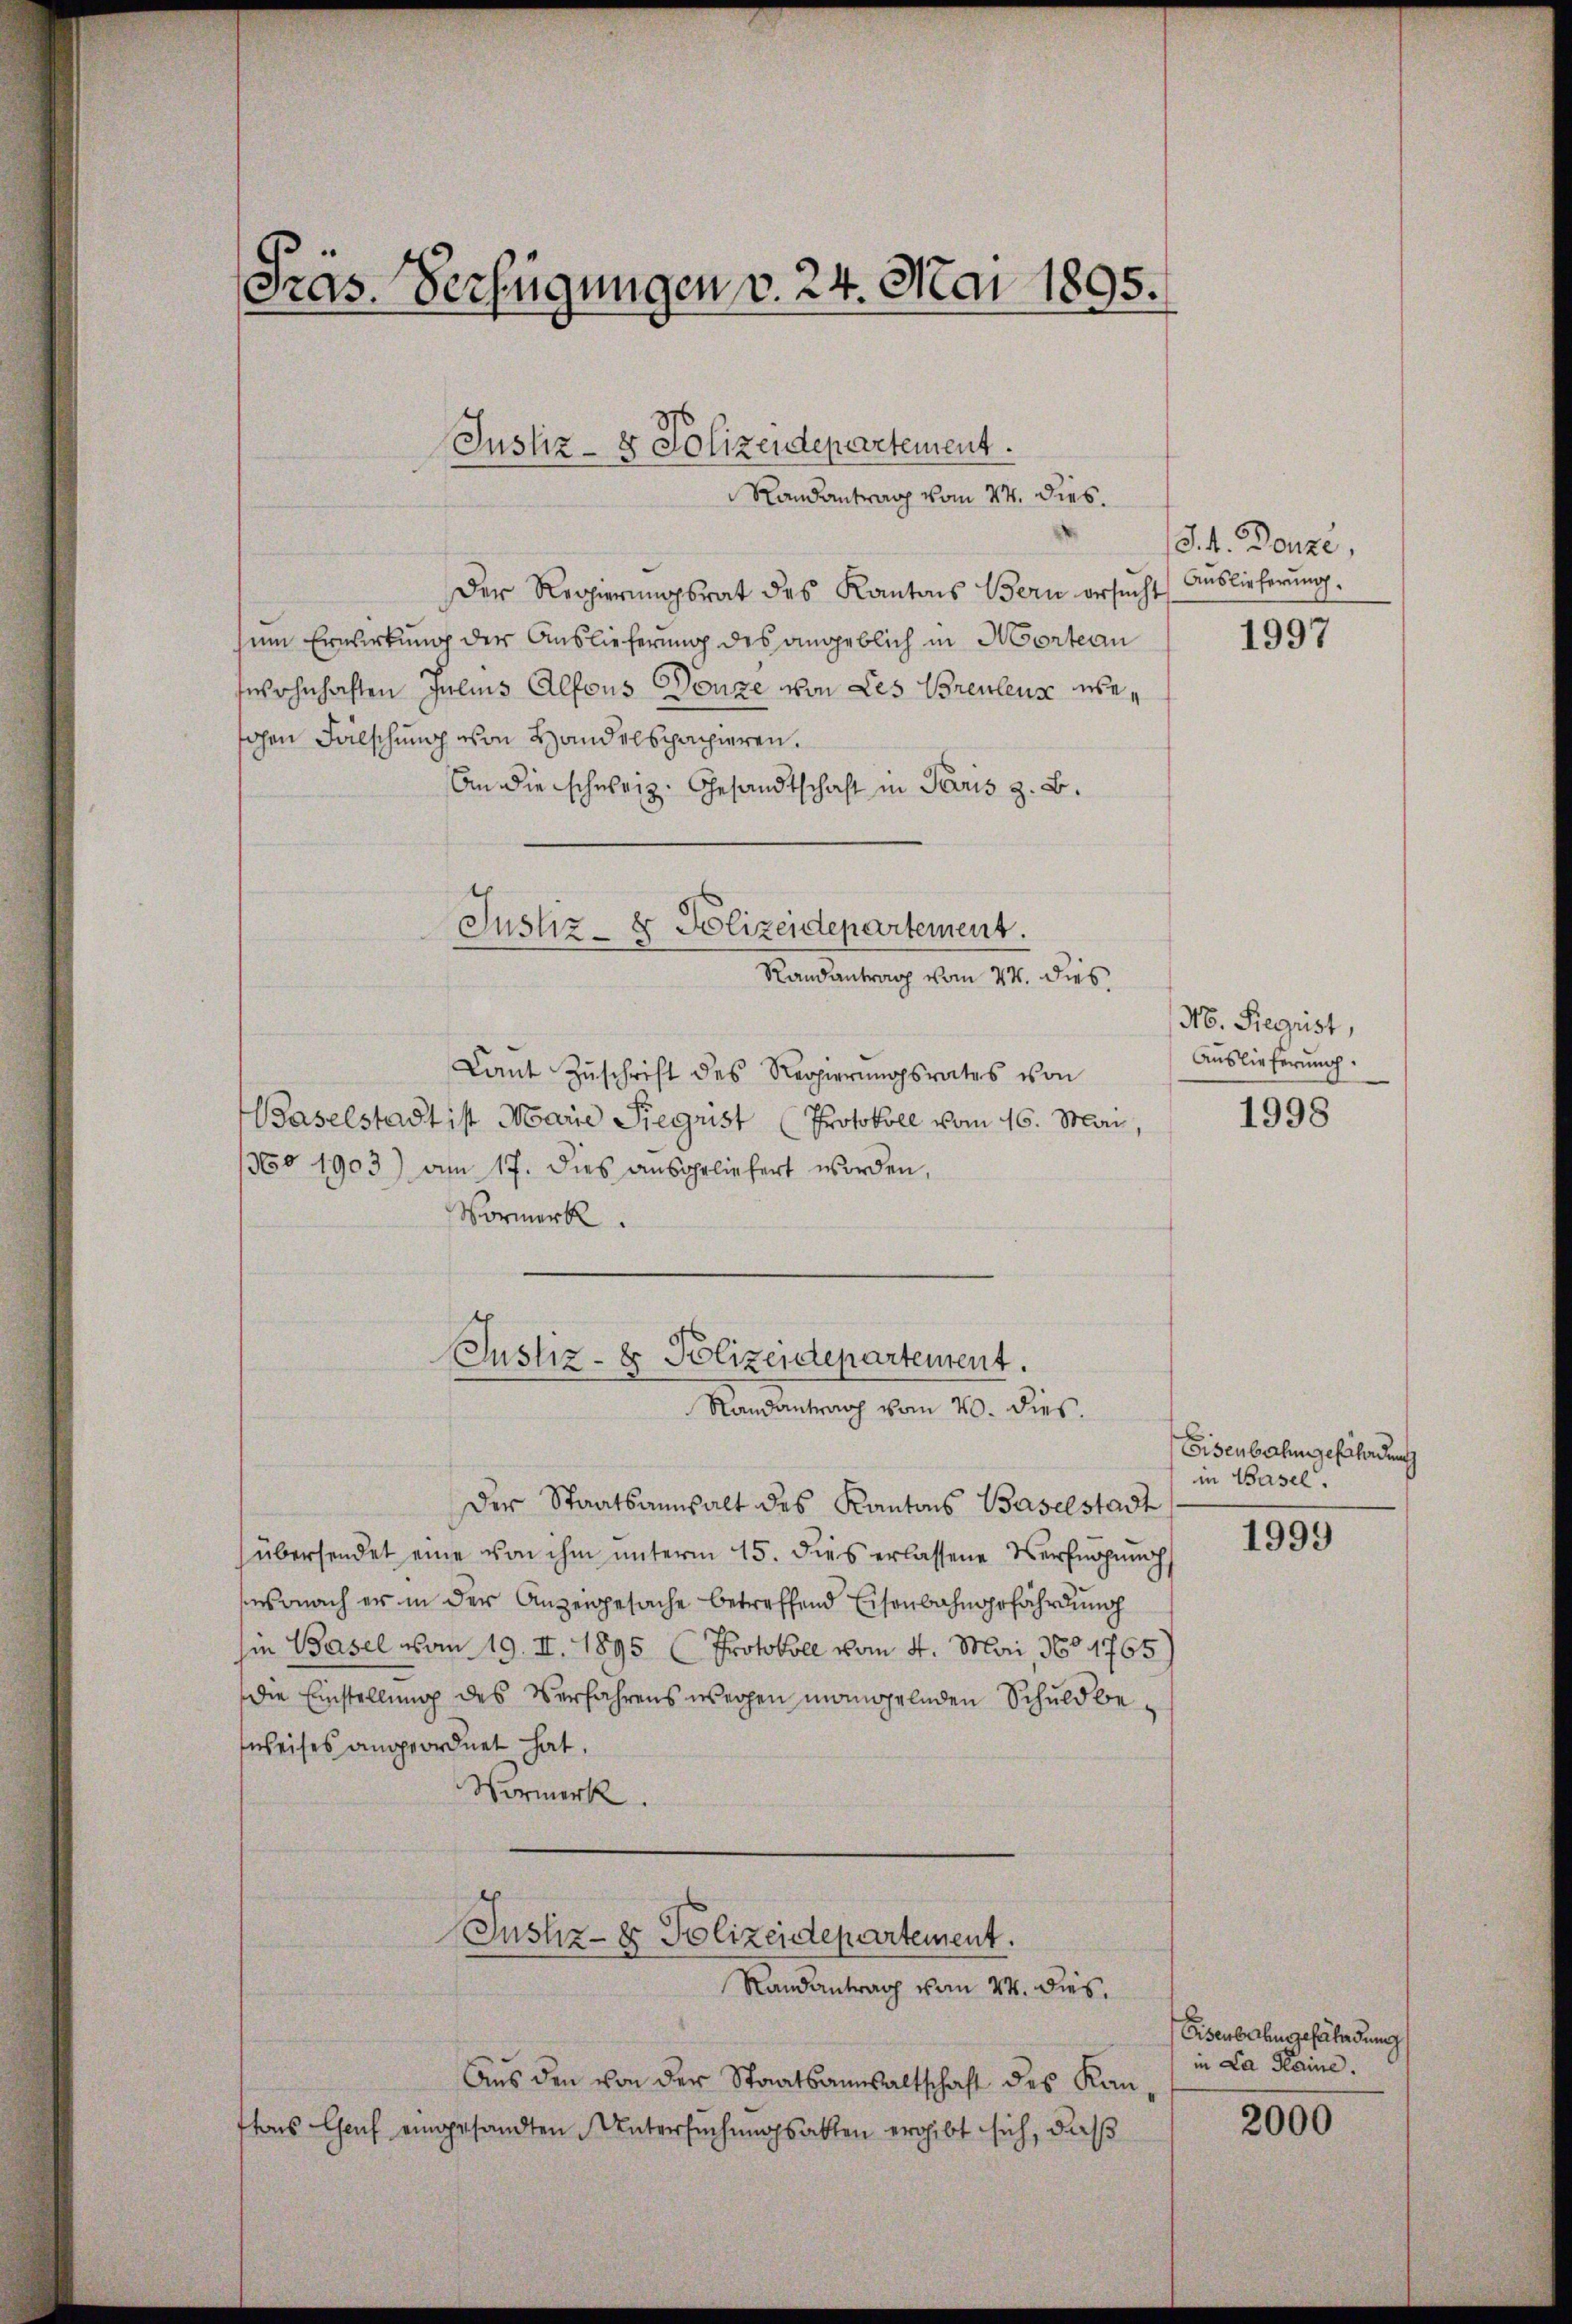
Präs. Verfügungen v. 24. Mai 1895.

Der Regierungsrat des Kantons Bern ersŭcht Auslieferung.
um Erwirkung der Auslieferung des angeblich in Mortean
wohnhaften Julius Alfons Donne von Les Breulens weohen Falschung von Handelspapieren.
An die schweiz. Gesandtschaft in Paris z. B.
Justiz- & Polizeidepartement.

Justiz- & Polizeidepartement.
Randantrag vom 24. dies.

Randantrag vom 24. dies

Laŭt Zŭschrift des Regierŭngsrates von
Baselstadt ist Marie Siegrist (Protokoll vom 16. Mai,
36o 1903) am 17. dies ausgeliefert worden,
Vormerk.

Justiz- & Polizeidepartement.
Randantrag vom 20. dies.

Der Staatsanwalt des Kantons Baselstadt
übersendet eine von ihm unterm 15. dies erlassene Verfügungs
sonach er in der Anzeigesache betreffend Eisenbahngefährdung
in Basel vom 19. II. 1895 (Protokoll vom 4. Mai, 160 1765
die Einstellung des Verfahrens wegen mangelnden Schuldbeweises angeordnet hat.
Vormerk.

Justiz- & Polizeidepartement.
Randantrag vom 24. dies.

Aŭs den von der Staatsanwaltschaft des Kan-
tons Genf eingesandten Untersuchungsakten ergibt sich, daß

S.4. Bonze,

1997

N. Siegeist,
Auslieferung.

1998

Eisenbahngefährdung
in Basel.

1999

Eisenbahngefährdung
in La Haine.

2000